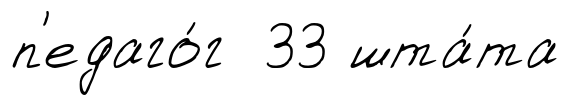
п'едаго́г 33 шта́та